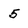
Character: 5